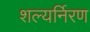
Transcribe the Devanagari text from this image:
शल्यर्निरण